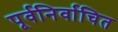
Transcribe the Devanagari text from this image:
पूर्वनिर्वाचित